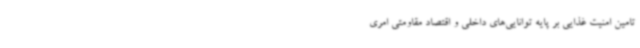
تامین امنیت غذایی بر پایه توانایی‌های داخلی و اقتصاد مقاومتی امری